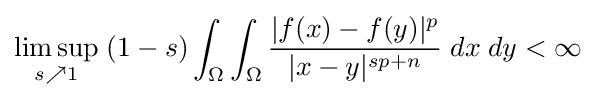
\limsup _{s\nearrow 1}\;(1-s)\int _{\Omega }\int _{\Omega }{\frac {|f(x)-f(y)|^{p}}{|x-y|^{sp+n}}}\;dx\;dy<\infty